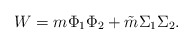
\begin{align*}W = m\Phi_1\Phi_2 + \tilde m \Sigma_1 \Sigma_2.\end{align*}